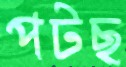
পটছ